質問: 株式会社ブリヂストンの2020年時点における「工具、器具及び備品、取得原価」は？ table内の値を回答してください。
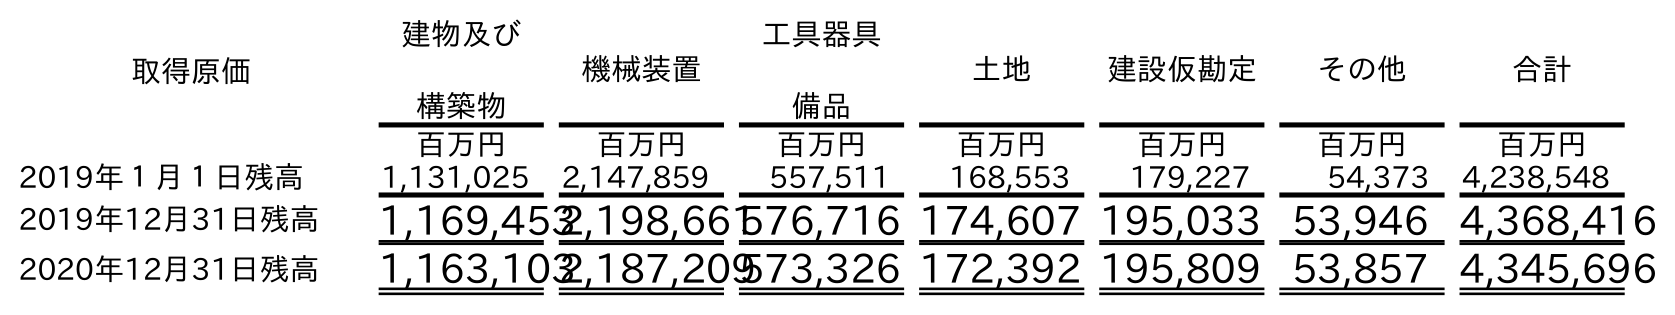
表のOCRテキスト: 取得原価 建物及び 構築物 機械装置 工具器具 備品 土地 建設仮勘定 その他 合計 百万円 百万円 百万円 百万円 百万円 百万円 百万円 2019年１月１日残高 1,131,025 2,147,859 557,511 168,553 179,227 54,373 4,238,548 2019年12月31日残高 1,169,4532,198,661576,716 174,607 195,033 53,946 4,368,416 2020年12月31日残高 1,163,1032,187,209573,326 172,392 195,809 53,857 4,345,696
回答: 573,326